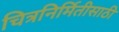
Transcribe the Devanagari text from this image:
चित्रनिर्मितीसाठी